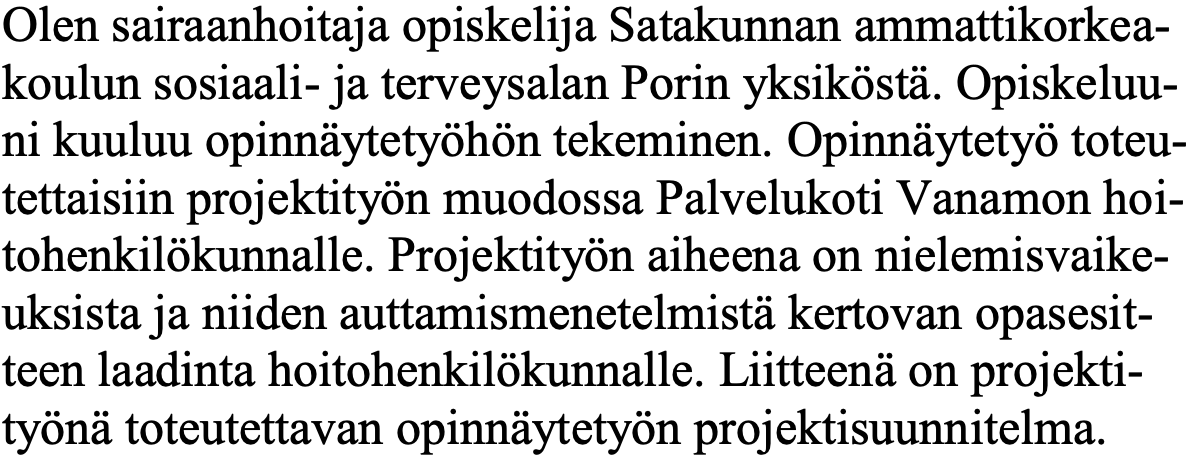
Olen sairaanhoitaja opiskelija Satakunnan ammattikorkea- koulun sosiaali- ja terveysalan Porin yksiköstä. Opiskeluu- ni kuuluu opinnäytetyöhön tekeminen. Opinnäytetyö toteu- tettaisiin projektityön muodossa Palvelukoti Vanamon hoi- tohenkilökunnalle. Projektityön aiheena on nielemisvaike- uksista ja niiden auttamismenetelmistä kertovan opasesit- teen laadinta hoitohenkilökunnalle. Liitteenä on projekti- työnä toteutettavan opinnäytetyön projektisuunnitelma.